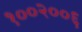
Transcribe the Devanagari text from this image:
१००२००६